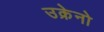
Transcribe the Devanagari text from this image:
उक्रेनो